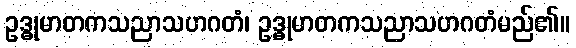
ဥဒ္ဓုမာတကသညာသဟဂတံ၊ ဥဒ္ဓုမာတကသညာသဟဂတံမည်၏။